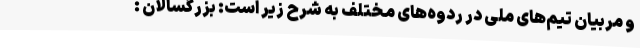
و مربیان تیم‌های ملی در ردوه‌های مختلف به شرح زیر است: بزرگسالان :